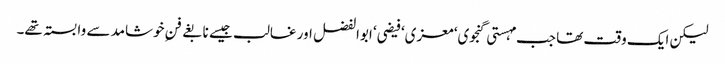
لیکن ایک وقت تھا جب مہستی گنجوی‘ معزی‘ فیضی‘ ابوالفضل اور غالب جیسے نابغے فنِ خوشامد سے وابستہ تھے۔